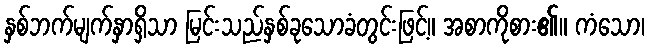
နှစ်ဘက်မျက်နှာရှိသာ မြင်းသည်နှစ်ခုသောခံတွင်းဖြင့်။ အစာကိုစား၏။ ကံသော၊